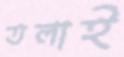
তলাই